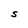
Character: S